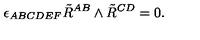
\epsilon _ { A B C D E F } \tilde { R } ^ { A B } \wedge \tilde { R } ^ { C D } = 0 .